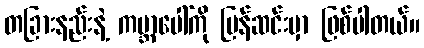
တခြားနည်းနဲ့ ကမ္ဘာပေါ်ကို ပြန်ဆင်းမှာ ဖြစ်ပါတယ်။